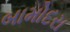
બામોદરા